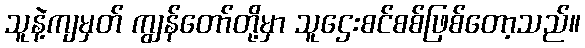
သူနဲ့ကျမှတ် ကျွန်တော်တို့မှာ သူဌေးစင်စစ်ဖြစ်တော့သည်။